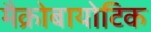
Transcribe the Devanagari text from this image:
मैक्रोबायोटिक